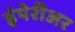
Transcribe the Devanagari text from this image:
इंपेरीअर